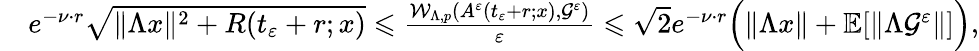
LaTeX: \begin{array}{r}{\quad e^{-\nu\cdot r}\sqrt{\| \Lambda x\| ^{2}+R(t_{\varepsilon}+r;x)}\leqslant\frac{\mathcal{W}_{\Lambda,p}(A^{\varepsilon}(t_{\varepsilon}+r;x),\mathcal{G}^{\varepsilon})}{\varepsilon}\leqslant{\sqrt{2}}e^{-\nu\cdot r}\Big(\| \Lambda x\| +\mathbb{E}[\| \Lambda{\mathcal{G}^{\varepsilon}}\| ]\Big),}\end{array}